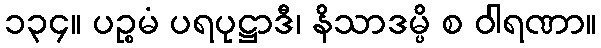
၁၃၄။ ပဉ္စမံ ပရပုဋ္ဌာဒီ၊ နိသာဒမ္ပိ စ ဝါရဏာ။